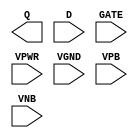
module sky130_fd_sc_hd__dlxtp (
    Q   ,
    D   ,
    GATE,
    VPWR,
    VGND,
    VPB ,
    VNB
);

    output Q   ;
    input  D   ;
    input  GATE;
    input  VPWR;
    input  VGND;
    input  VPB ;
    input  VNB ;
endmodule